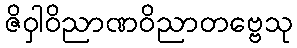
ဇိဝှါဝိညာဏဝိညာတဗ္ဗေသု